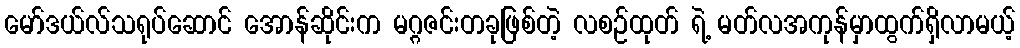
မော်ဒယ်လ်သရုပ်ဆောင် အောန်ဆိုင်းက မဂ္ဂဇင်းတခုဖြစ်တဲ့ လစဉ်ထုတ် ရဲ့ မတ်လအကုန်မှာထွက်ရှိလာမယ့်